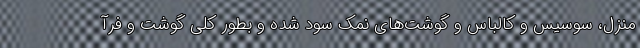
منزل، سوسیس و کالباس و گوشت‌های نمک سود شده و بطور کلی گوشت و فرآ